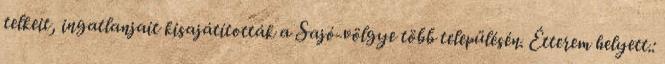
telkeit, ingatlanjait kisajátították a Sajó-völgye több településén. Étterem helyett.: